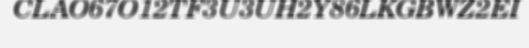
CLAO67O12TF3U3UH2Y86LKGBWZ2EI